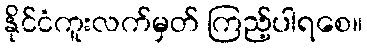
နိုင်ငံကူးလက်မှတ် ကြည့်ပါရစေ။